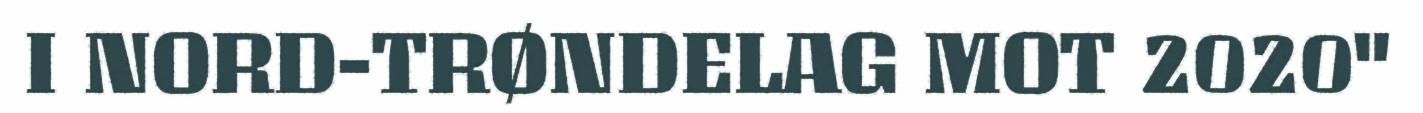
I NORD-TRØNDELAG MOT 2020"